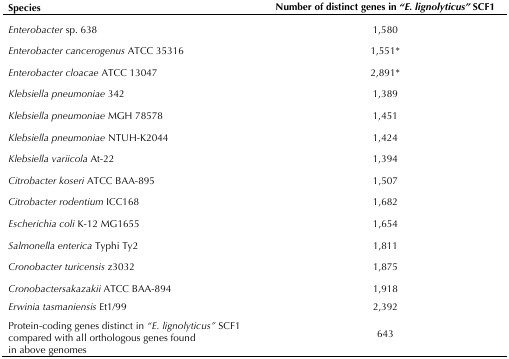
<table><thead><tr><td><b>Species</b></td><td><b>Number of distinct genes in<i>“E. lignolyticus”</i> SCF1</b></td></tr></thead><tbody><tr><td><i>Enterobacter</i> sp. 638</td><td>1,580</td></tr><tr><td><i>Enterobacter cancerogenus</i> ATCC 35316</td><td>1,551*</td></tr><tr><td><i>Enterobacter cloacae</i> ATCC 13047</td><td>2,891*</td></tr><tr><td><i>Klebsiella pneumoniae</i> 342</td><td>1,389</td></tr><tr><td><i>Klebsiella pneumoniae</i> MGH 78578</td><td>1,451</td></tr><tr><td><i>Klebsiella pneumoniae</i> NTUH-K2044</td><td>1,424</td></tr><tr><td><i>Klebsiella variicola</i> At-22</td><td>1,394</td></tr><tr><td><i>Citrobacter koseri</i> ATCC BAA-895</td><td>1,507</td></tr><tr><td><i>Citrobacter rodentium</i> ICC168</td><td>1,682</td></tr><tr><td><i>Escherichia coli</i> K-12 MG1655</td><td>1,654</td></tr><tr><td><i>Salmonella enterica</i> Typhi Ty2</td><td>1,811</td></tr><tr><td><i>Cronobacter turicensis</i> z3032</td><td>1,875</td></tr><tr><td><i>Cronobactersakazakii</i> ATCC BAA-894</td><td>1,918</td></tr><tr><td><i>Erwinia tasmaniensis</i> Et1/99</td><td>2,392</td></tr><tr><td>Protein-coding genes distinct in <i>“E. lignolyticus”</i> SCF1 compared with all orthologous genes found in above genomes</td><td>643</td></tr></tbody></table>